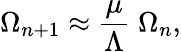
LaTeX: \Omega_{n+1}\approx{\frac{\mu}{\Lambda}}\; \Omega_{n},